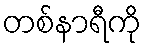
တစ်နာရီကို